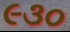
૯૩૦